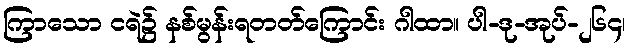
ကြာသော ငရဲ၌ နစ်မွန်းရတတ်ကြောင်း ဂါထာ။ ပါ-ဒု-အုပ်-၂၆၄၊